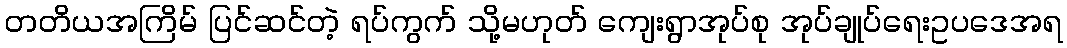
တတိယအကြိမ် ပြင်ဆင်တဲ့ ရပ်ကွက် သို့မဟုတ် ကျေးရွာအုပ်စု အုပ်ချုပ်ရေးဥပဒေအရ